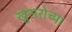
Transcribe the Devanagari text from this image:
खुसरोच्या